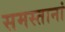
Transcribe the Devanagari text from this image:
समस्तानां